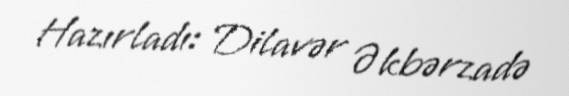
Hazırladı: Dilavər Əkbərzadə